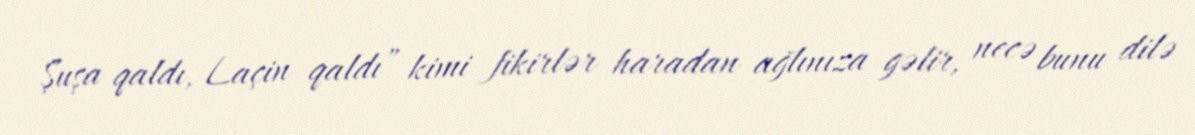
Şuşa qaldı, Laçin qaldı” kimi fikirlər haradan ağlınıza gəlir, necə bunu dilə